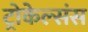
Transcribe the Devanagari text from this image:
ट्रोकेल्संस